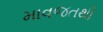
માવજતથી